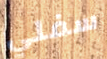
سفلي